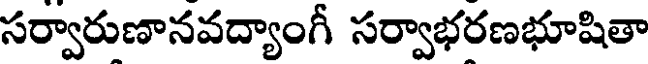
సర్వారుణానవద్యాంగీ సర్వాభరణభూషితా